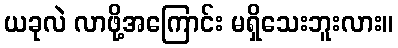
ယခုလဲ လာဖို့အကြောင်း မရှိသေးဘူးလား။